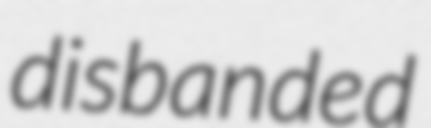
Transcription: disbanded